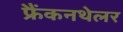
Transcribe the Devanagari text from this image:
फ्रैंकनथेलर